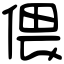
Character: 偎